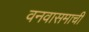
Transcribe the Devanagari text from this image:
वनवासमाची